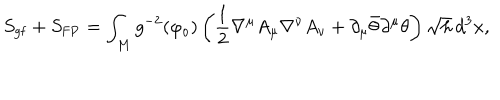
S _ { \mathrm { g f } } + S _ { \mathrm { F P } } = \int _ { M } g ^ { - 2 } ( \varphi _ { \mathrm { o } } ) \left( \frac { 1 } { 2 } \nabla ^ { \mu } A _ { \mu } \nabla ^ { \nu } A _ { \nu } + \partial _ { \mu } \bar { \theta } \partial ^ { \mu } \theta \right) \sqrt { h } \, d ^ { 3 } x ,